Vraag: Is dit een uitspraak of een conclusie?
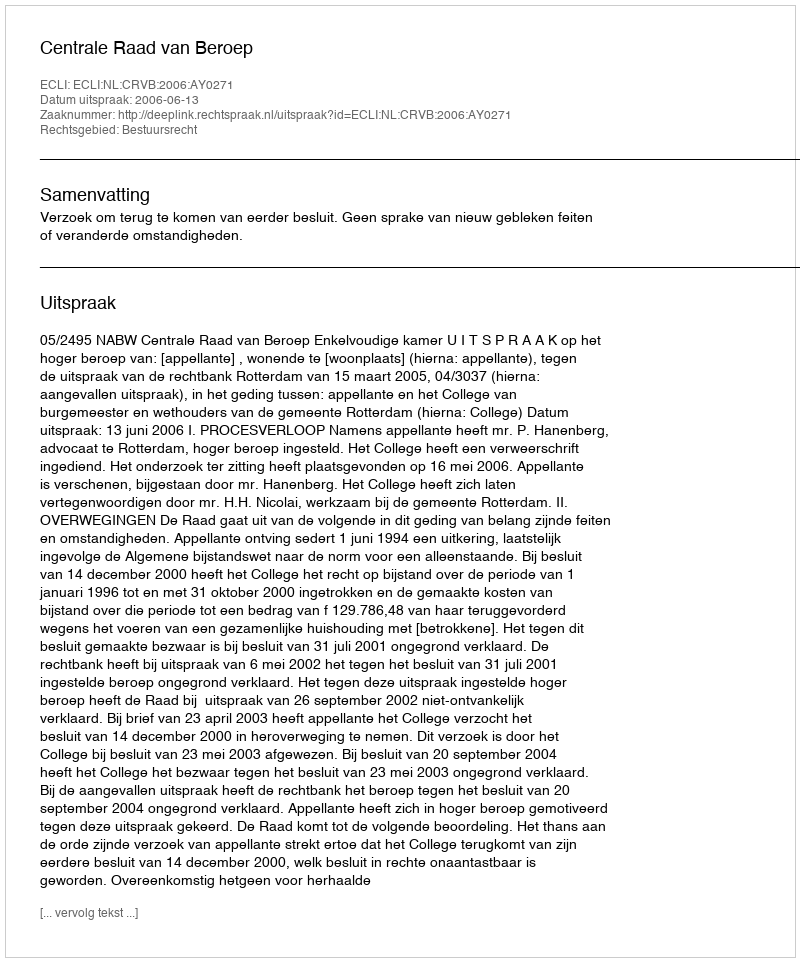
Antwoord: Uitspraak